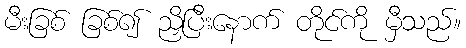
မီးခြစ် ခြစ်၍ ညှိပြီးနောက် တိုင်ကို မှီသည်။